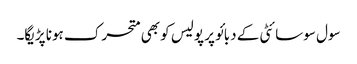
سول سوسائٹی کے دبائو پر پولیس کو بھی متحرک ہونا پڑیگا۔